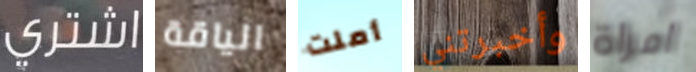
اشتري الياقة أملت وأخبرتني امراة